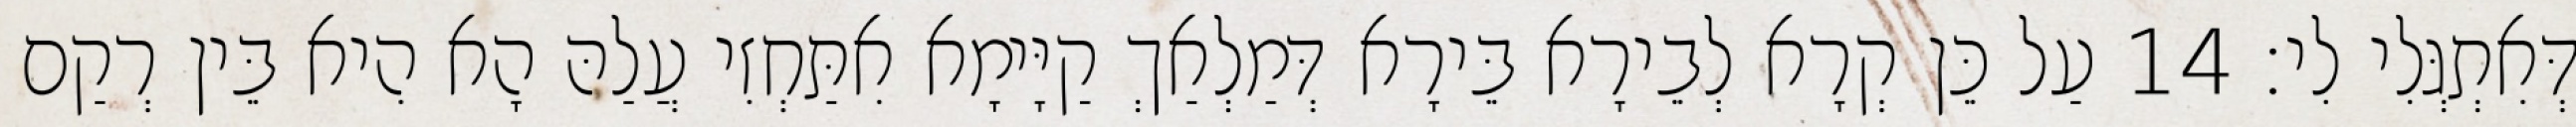
דְּאִתְגְּלִי לִי׃ 14 עַל כֵּן קְרָא לְבֵירָא בֵּירָא דְּמַלְאַךְ קַיָּימָא אִתַּחְזִי עֲלַהּ הָא הִיא בֵּין רְקַם